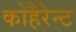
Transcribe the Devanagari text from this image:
कोहैरेन्ट